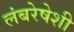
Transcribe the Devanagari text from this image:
लंबरेषेशी